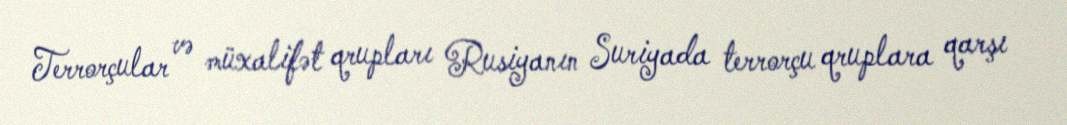
Terrorçular və müxalifət qrupları Rusiyanın Suriyada terrorçu qruplara qarşı